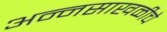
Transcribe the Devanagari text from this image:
अन्नसाखळीचे